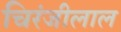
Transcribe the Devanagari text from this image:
चिरंजीलाल